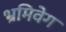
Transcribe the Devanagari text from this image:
भ्रमिवेग